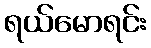
ရယ်မောရင်း